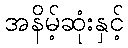
အနိမ့်ဆုံးနှင့်